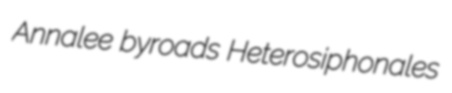
Annalee byroads Heterosiphonales